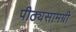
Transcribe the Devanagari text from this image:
पीठ्यसामग्री